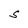
Character: S